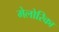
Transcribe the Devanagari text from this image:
मेलोरिका